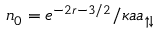
n _ { 0 } = e ^ { - 2 r - 3 / 2 } / \kappa a a _ { \uparrow \downarrow }